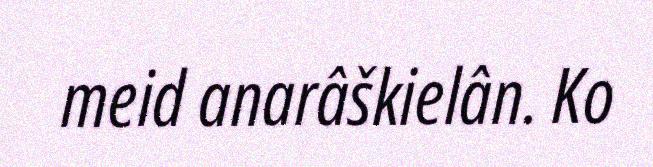
meid anarâškielân. Ko